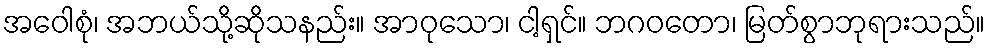
အဝေါစုံ၊ အဘယ်သို့ဆိုသနည်း။ အာဝုသော၊ ငါ့ရှင်။ ဘဂဝတော၊ မြတ်စွာဘုရားသည်။